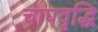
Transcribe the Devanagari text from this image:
चापवृद्धि